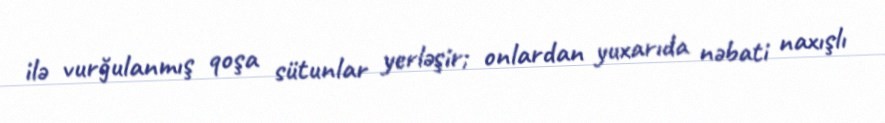
ilə vurğulanmış qoşa sütunlar yerləşir; onlardan yuxarıda nəbati naxışlı